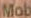
Mob